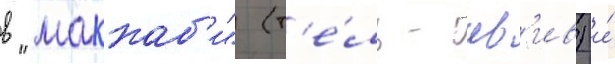
в "маккаб'и" (т'е́ль-ав'ив) и́